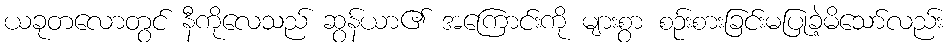
ယခုတလောတွင် နီကိုလေသည် ဆွန်ယာ၏ အကြောင်းကို များစွာ စဉ်းစားခြင်းမပြုခဲ့မိသော်လည်း